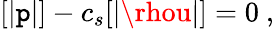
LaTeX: [|\mathtt{p}|]-c_{s}[|\rhou|]=0\ ,